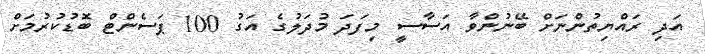
އަދި ރައްޔިތުންނަށް ބޭނުންވާ އަސާސީ މިފަދަ މުދަލުގެ އަގު 100 ޕަސެންޓް ބޮޑުކުރުމަށް